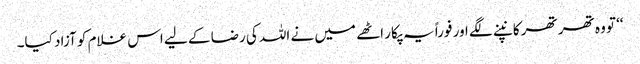
‘‘ تو وہ تھر تھر کانپنے لگے اور فوراً یہ پکار اٹھے میں نے اللہ کی رضا کے لیے اس غلام کو آزاد کیا۔